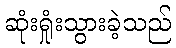
ဆုံးရှုံးသွားခဲ့သည်